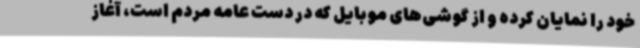
خود را نمایان کرده و از گوشی‌های موبایل که در دست عامه مردم است، آغاز